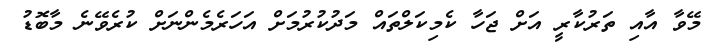
މޭވާ އާއި ތަރުކާރީ އަށް ޖަހާ ކެމިކަލްތައް މަދުކުރުމަށް އަހަރެމެންނަށް ކުރެވޭނެ މާބޮޑު